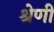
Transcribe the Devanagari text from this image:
श्रेणीं